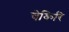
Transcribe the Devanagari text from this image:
चेकिरि